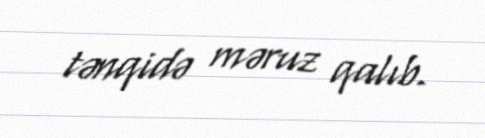
tənqidə məruz qalıb.